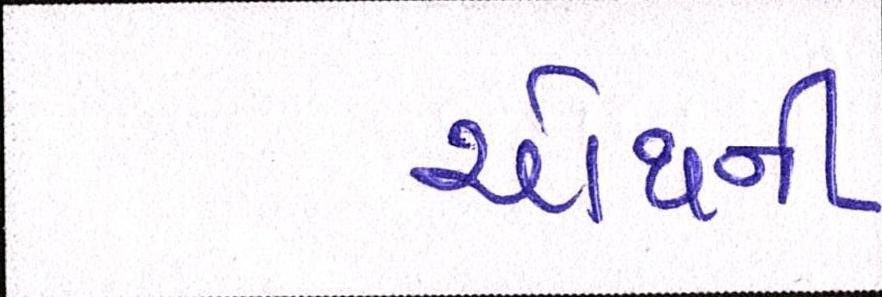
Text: ચોથની